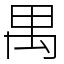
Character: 禺